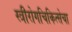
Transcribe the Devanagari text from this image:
स्त्रीरोगचिकित्सेचा